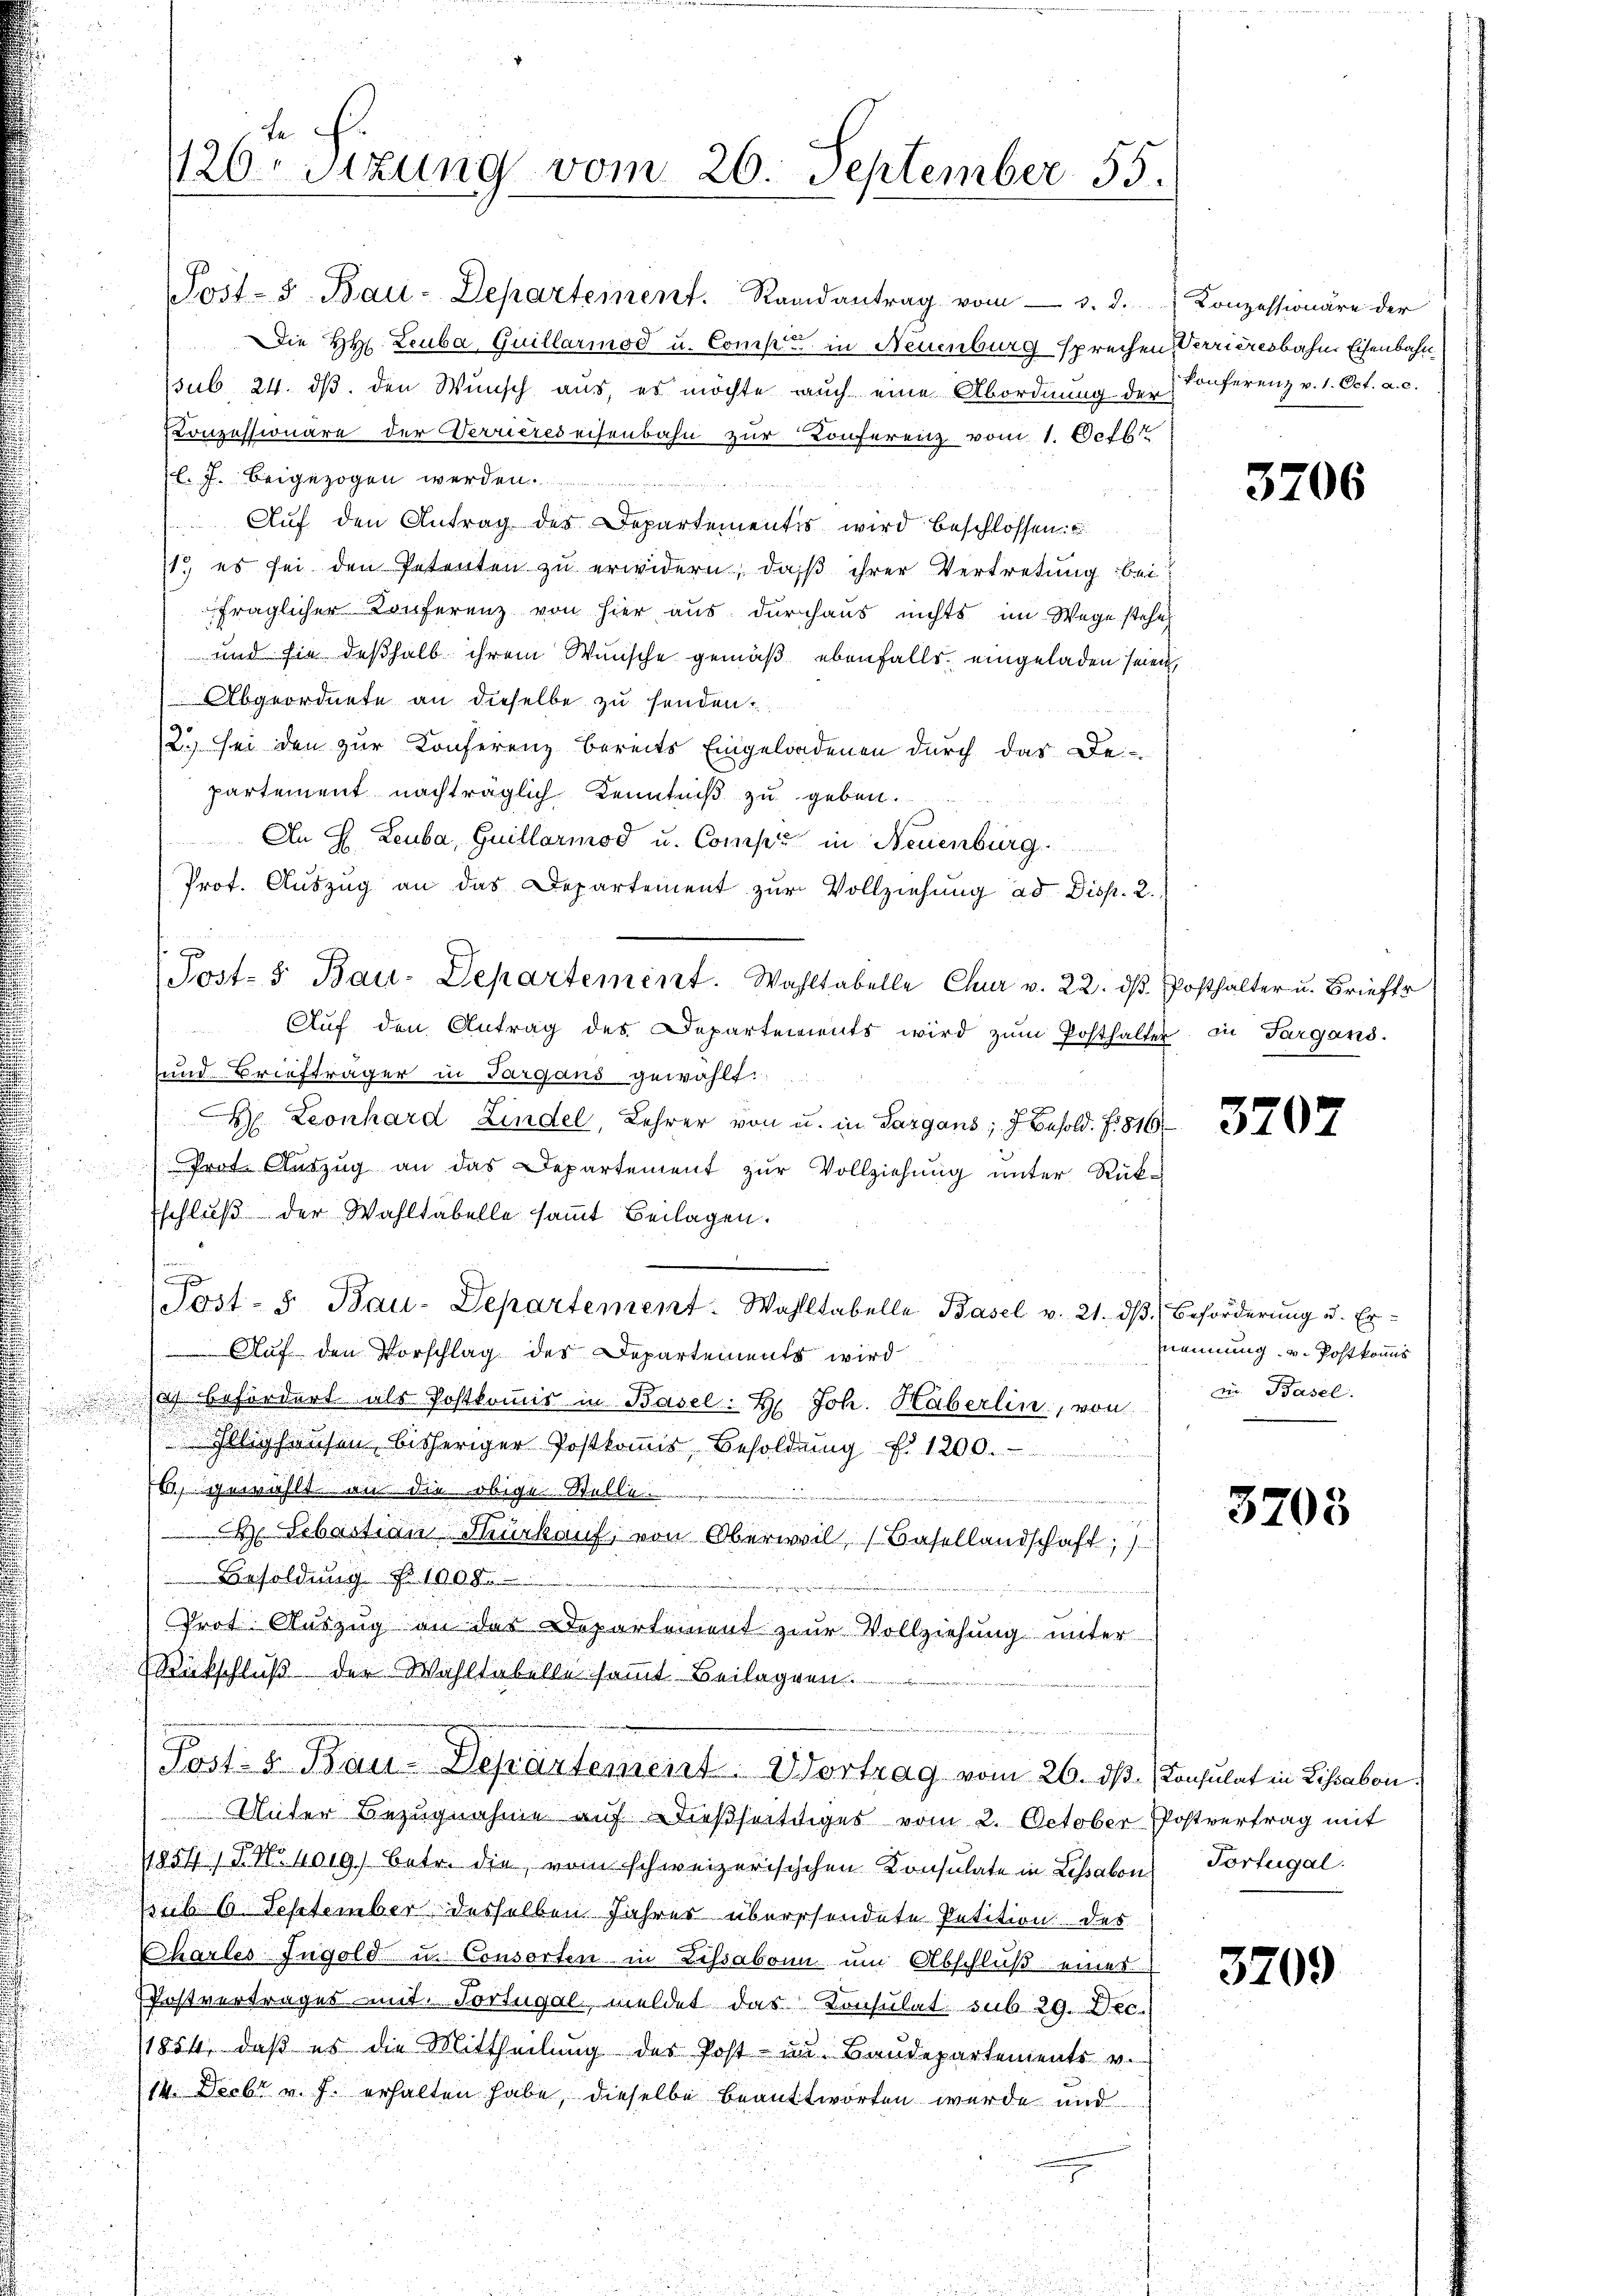
126ten Sizung vom 26. September 55.

Post-S. Bau-Departement. Randantrag vom 3. d.
Die HH. Leuba Guillarmod u. Comp. in Neuenburg sprechen
sub. 24. ds. den Wunsch aus, es möchte auch eine Abordnung der
Konzessionäre der Verrieres eisenbahn zur Konferenz vom 1. Octb.
l. J. beigezogen werden.

Auf den Antrag des Departementis wird beschlossen:
11. es sei den Petenten zu erwidern, daß ihrer Vertretung bei
fraglicher Konferenz von hier aus durchaus nichts im Wege stehe
und sie deßhalb ihrem Wunsche gemäß ebenfalls eingeladen sein.
Abgeordnete an dieselbe zu senden.
2) sei den zur Konferenz bereits Eingeladenen durch das De-
partement nachträglich Kenntniß zu geben.
An H. Leuba, Guillarmod u. Comp. in Neuenburg.
Prot. Auszug an das Departement zur Vollziehung ad Disp. 2.
g
Auf den Antrag des Departements wird zum Posthalte
und Briefträger in Sargans gewählt:
D. Leonhard Lindel, Lehrer von u. in Sargans, d. Besold. f. 816
Prot. Auszug an das Departement zŭr Vollziehung unter Rück-
Eschluß der Wahltabelle sammt Beilagen.
Post- u. Bau-Departement. Wahlltabelle Basel v. 21. dβ Beförderung u. Er¬
Auf den Vorschlag des Departements wird
soch befördert als Postkommis in Basel. H. Joh. Haberlin, von
Illizhausen bisheriger Postkoṁis, Besoldŭng f. 1200.
76, gewählt an die obige Stelle.
 Sebastian Murkauf, von Oberwil, Basellandschaft,
Besoldung 108
ringen den
Prot. Auszug an das Departement zur Vollziehung unter
Rückschluß der Wahltabelle sammt Beilagen.
u
Post- & Bau-Departement. Vortrag vom 26. ds. Consulat in Lissabon.
Unter Bezugnahme auf & dießseitiges vom 2. October Postvertrag mit
/1854, S. Nr. 4019.) Betr. die vom schweizerischchen Konsulate in Lissabon Portugal.
ssub 6. September desselben Jahrer überrhendete Petition des
CharlesIngold- u. Consorten in Lissabonn um Abschluß eines
Pfostvertrages mit. Sortugal meldet das Konsulat sub 29. Dec.
/1854, daß es die Mittheilung des Post in Baudepartements v.
14. Decbr v. J. erhalten habe, dieselbe beantworten wurde und

Post- 5. Bau-Departement. Wahltabelle Chur v. 22. dβ

Konzessionäre der
Verrieresbahn Eisenbahn
konferenz v. 1. Oct. a. c.

3706

Posthalter u. Briefer
er in Fargans.

3207

Zummung v. Postkommis
in Basel.

3203

3709